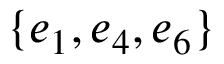
\{ e _ { 1 } , e _ { 4 } , e _ { 6 } \}